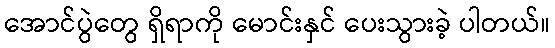
အောင်ပွဲတွေ ရှိရာကို မောင်းနှင် ပေးသွားခဲ့ ပါတယ်။